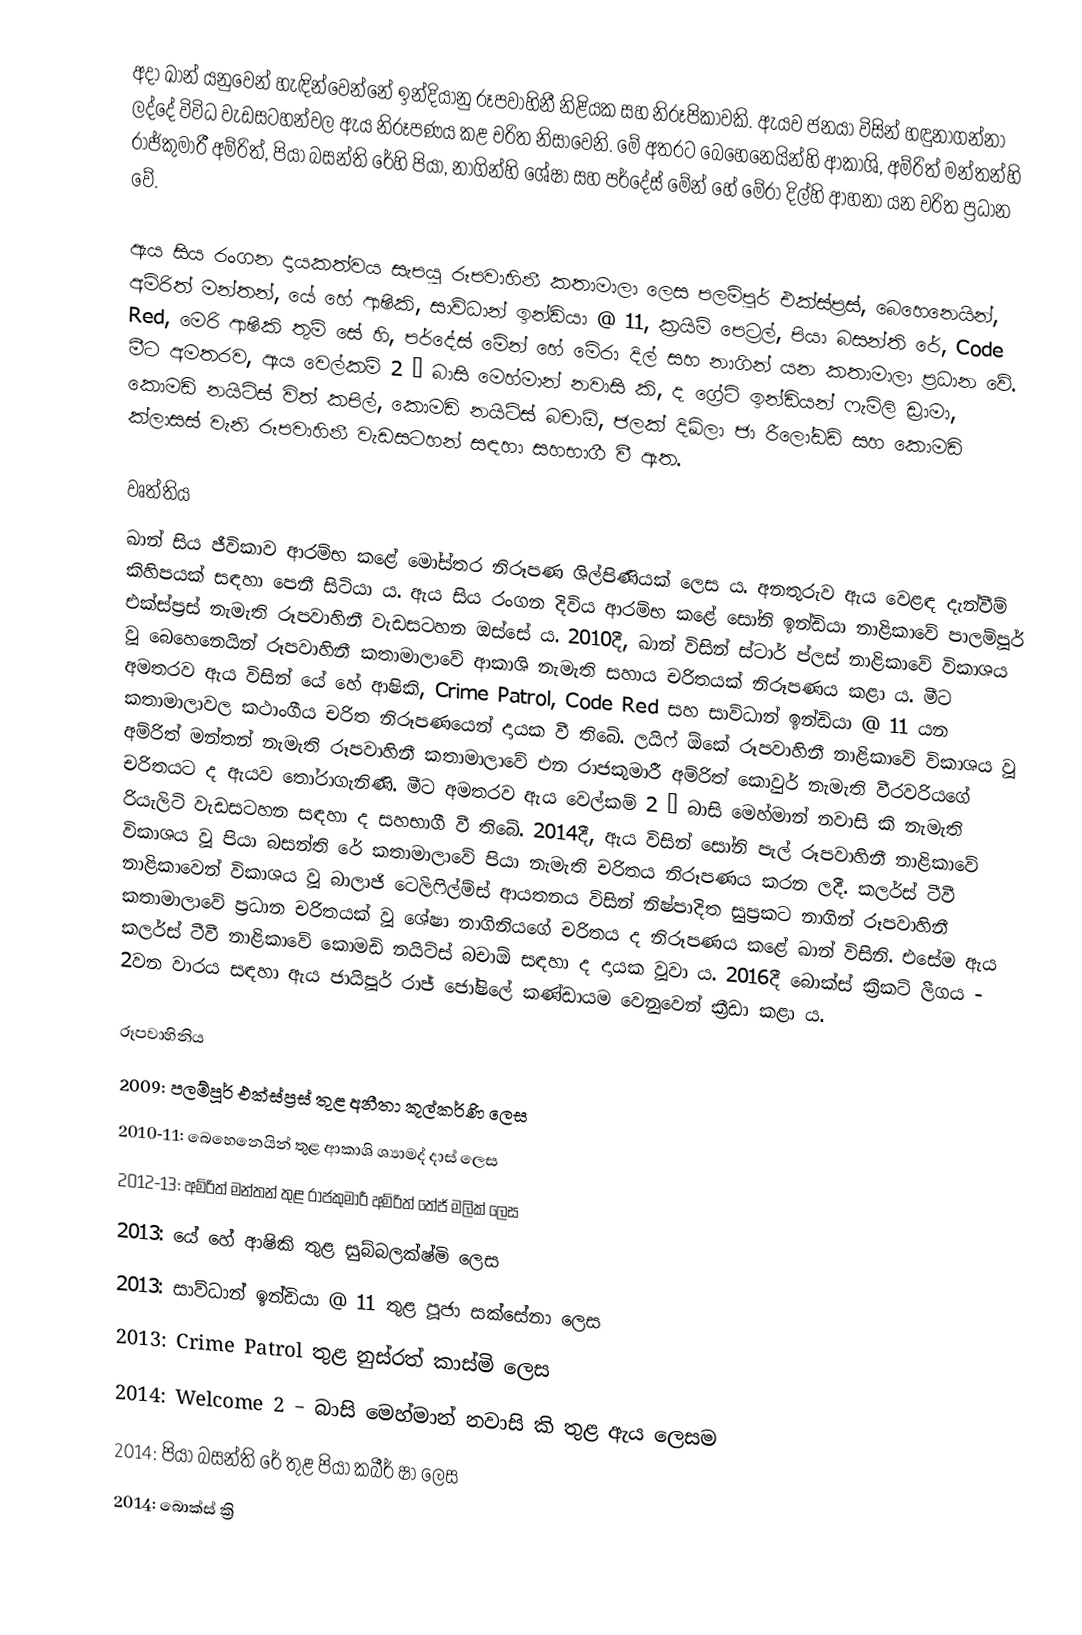
අදා ඛාන් යනුවෙන් හැඳින්වෙන්නේ ඉන්දියානු රූපවාහිනී නිළියක සහ නිරූපිකාවකි. ඇයව ජනයා විසින් හඳුනාගන්නා ලද්දේ විවිධ වැඩසටහන්වල ඇය නිරූපණය කළ චරිත නිසාවෙනි. මේ අතරට බෙහෙනෙයින්හි ආකාශි, අම්රිත් මන්තන්හි රාජ්කුමාරී අම්රිත්, පියා බසන්ති රේහි පියා, නාගින්හි ශේෂා සහ පර්දේස් මේන් හේ මේරා දිල්හි ආහනා යන චරිත ප්‍රධාන වේ.

ඇය සිය රංගන දායකත්වය සැපයූ රූපවාහිනී කතාමාලා ලෙස පලම්පූර් එක්ස්ප්‍රස්, බෙහෙනෙයින්, අම්රිත් මන්තන්, යේ හේ ආෂිකි, සාව්ධාන් ඉන්ඩියා @ 11, ක්‍රයිම් පෙට්‍රල්, පියා බසන්ති රේ, Code Red, මෙරි ආෂිකි තුම් ‍සේ හි, පර්දේස් මේන් හේ මේරා දිල් සහ නාගින් යන කතාමාලා ප්‍රධාන වේ. මීට අමතරව, ඇය වෙල්කම් 2 – බාසි මෙහ්මාන් නවාසි කි, ද ග්‍රේට් ඉන්ඩියන් ෆැමිලි ඩ්‍රාමා, කොමඩි නයිට්ස් විත් කපිල්, කොමඩි නයිට්ස් බචාඕ, ජලක් දිඛ්ලා ජා රීලෝඩඩ් සහ කොමඩි ක්ලාසස් වැනි රූපවාහිනී වැඩසටහන් සඳහා සහභාගී වී ඇත.

වෘත්තිය
ඛාන් සිය ජීවිකාව ආරම්භ කළේ මෝස්තර නිරූපණ ශිල්පිණියක් ලෙස ය. අනතුරුව ඇය වෙළඳ දැන්වීම් කිහිපයක් සඳහා පෙනී සිටියා ය. ඇය සිය රංගන දිවිය ආරම්භ කළේ සෝනි ඉන්ඩියා නාළිකාවේ පාලම්පූර් එක්ස්ප්‍රස් නැමැති රූපවාහිනී වැඩසටහන ඔස්සේ ය. 2010දී, ඛාන් විසින් ස්ටාර් ප්ලස් නාළිකාවේ විකාශය වූ බෙහෙනෙයින් රූපවාහිනී කතාමාලාවේ ආකාශි නැමැති සහාය චරිතයක් නිරූපණය කළා ය. මීට අමතරව ඇය විසින් යේ හේ ආෂිකි, Crime Patrol, Code Red සහ සාව්ධාන් ඉන්ඩියා @ 11 යන කතාමාලාවල කථාංගීය චරිත නිරූපණයෙන් දායක වී තිබේ. ලයිෆ් ඕකේ රූපවාහිනී නාළිකාවේ විකාශය වූ අම්රිත් මන්තන් නැමැති රූපවාහිනී කතාමාලාවේ එන රාජකුමාරී අම්රිත් කොවුර් නැමැති වීරවරියගේ චරිතයට ද ඇයව තෝරාගැනිණි. මීට අමතරව ඇය වෙල්කම් 2 – බාසි මෙහ්මාන් නවාසි කි නැමැති රියැලිටි වැඩසටහන සඳහා ද සහභාගී වී තිබේ. 2014දී, ඇය විසින් සෝනි පැල් රූපවාහිනී නාළිකාවේ විකාශය වූ පියා බසන්ති රේ කතාමාලාවේ පියා නැමැති චරිතය නිරූපණය කරන ලදී. කලර්ස් ටීවී නාළිකාවෙන් විකාශය වූ බාලාජි ටෙලිෆිල්ම්ස් ආයතනය විසින් නිෂ්පාදිත සුප්‍රකට නාගින් රූපවාහිනී කතාමාලාවේ ප්‍රධාන චරිතයක් වූ ශේෂා නාගිනියගේ චරිතය ද නිරූපණය කළේ ඛාන් විසිනි. එසේම ඇය කලර්ස් ටීවී නාළිකාවේ කොමඩි නයිට්ස් බචාඕ සඳහා ද දායක වූවා ය. 2016දී බොක්ස් ක්‍රිකට් ලීගය - 2වන වාරය සඳහා ඇය ජායිපූර් රාජ් ජෝෂිලේ කණ්ඩායම වෙනුවෙන් ක්‍රීඩා කළා ය.

රූපවාහිනිය
2009: පලම්පූර් එක්ස්ප්‍රස් තුළ අනීතා කූල්කර්ණි ලෙස
2010-11: බෙහෙනෙයින් තුළ ආකාශි ශ්‍යාමද් දාස් ලෙස
2012-13: අම්රිත් මන්තන් තුළ රාජකුමාරී අම්රිත් තේජ් මලික් ලෙස
2013: යේ හේ ආෂිකි තුළ සුබ්බලක්ෂ්මි ලෙස
2013: සාව්ධාන් ඉන්ඩියා @ 11 තුළ පූජා සක්සේනා ලෙස
2013: Crime Patrol තුළ නුස්රත් කාස්මි ලෙස
2014: Welcome 2 – බාසි මෙහ්මාන් නවාසි කි තුළ ඇය ලෙසම
2014: පියා බසන්ති රේ තුළ පියා කබීර් ෂා ලෙස
2014: බොක්ස් ක්‍රි